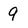
Character: 9